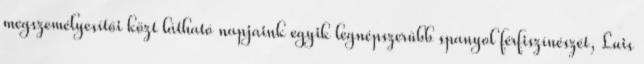
megszemélyesítői közt látható napjaink egyik legnépszerűbb spanyol férfiszínészét, Luis